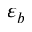
\varepsilon _ { b }